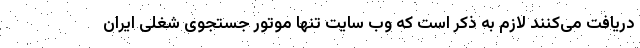
دریافت می‌کنند لازم به ذکر است که وب سایت تنها موتور جستجوی شغلی ایران